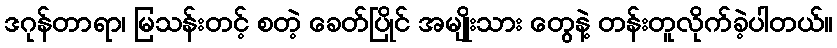
ဒဂုန်တာရာ၊ မြသန်းတင့် စတဲ့ ခေတ်ပြိုင် အမျိုးသား တွေနဲ့ တန်းတူလိုက်ခဲ့ပါတယ်။